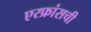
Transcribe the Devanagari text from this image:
एरफ्रांसची